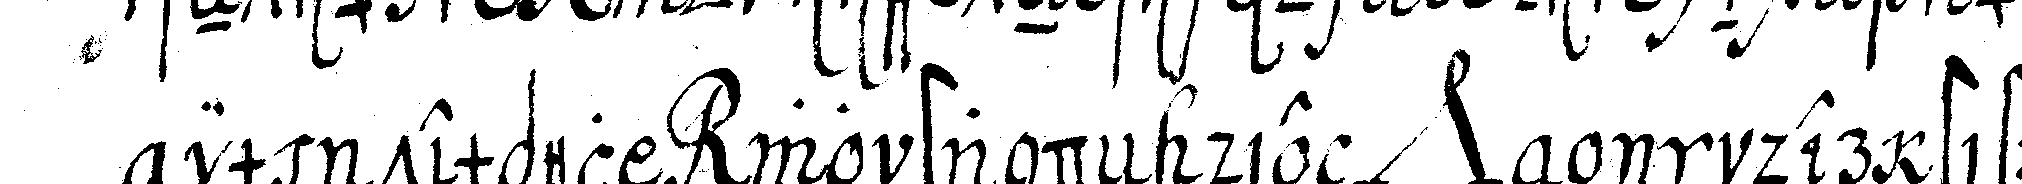
im tempel wo standeN die *nee*  in der stiffts